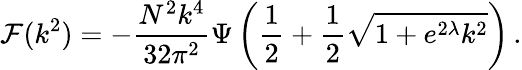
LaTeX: {\cal F}(k^{2})=-\frac{N^{2}k^{4}}{32\pi^{2}}\Psi\left(\frac{1}{2}+\frac{1}{2}\sqrt{1+e^{2\lambda}k^{2}}\right)\, .